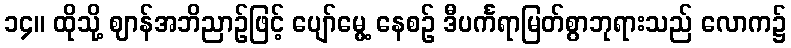
၁၄။ ထိုသို့ ဈာန်အဘိညာဉ်ဖြင့် ပျော်မွေ့ နေစဉ် ဒီပင်္ကရာမြတ်စွာဘုရားသည် လောက၌